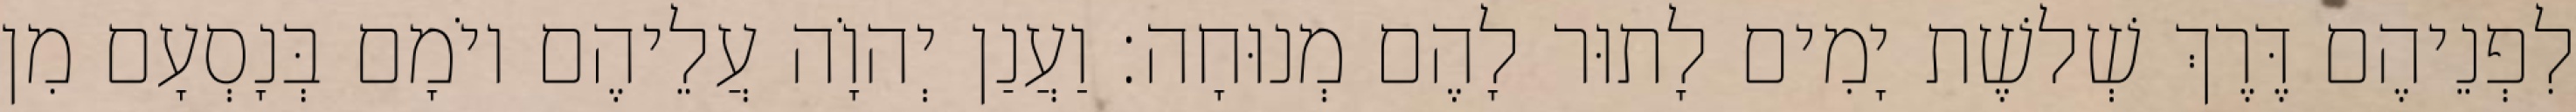
לִפְנֵיהֶם דֶּרֶךְ שְׁלשֶׁת יָמִים לָתוּר לָהֶם מְנוּחָה׃ וַעֲנַן יְהוָֹה עֲלֵיהֶם יוֹמָם בְּנָסְעָם מִן